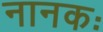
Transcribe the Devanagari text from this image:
नानकः